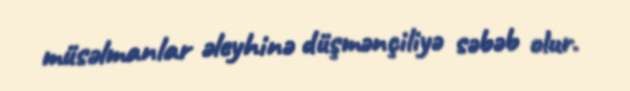
müsəlmanlar əleyhinə düşmənçiliyə səbəb olur.